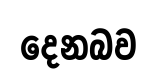
දෙනබව